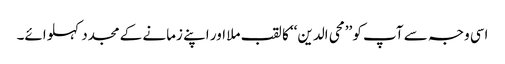
اسی وجہ سے آپ کو ’’محی الدین‘‘ کا لقب ملا اور اپنے زمانے کے مجدد کہلوائے۔